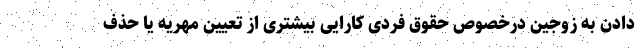
دادن به زوجین درخصوص حقوق فردی کارایی بیشتری از تعیین مهریه یا حذف